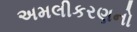
અમલીકરણનો